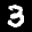
Label: 3